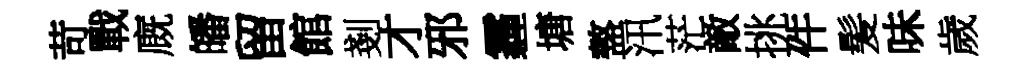
苛戰廐皤留館剗才邪霾塘盩汛茫敵挑件髪味歲